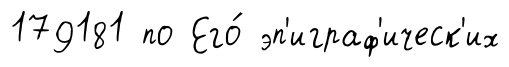
179181 по Его́ эп'играф'ическ'их